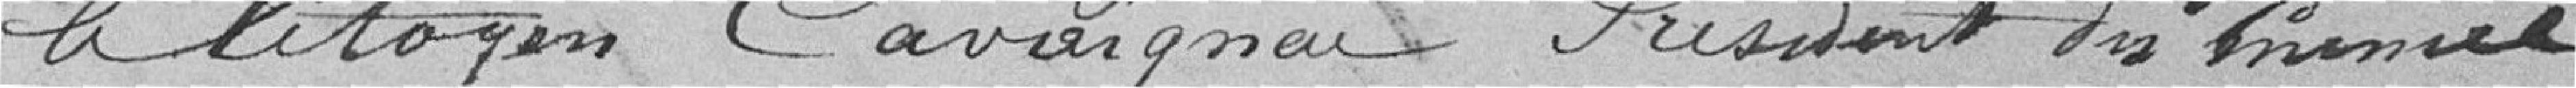
le citoyen Cavaignac, président du conseil